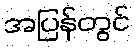
အပြန်တွင်